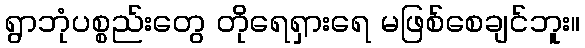
ရွာဘုံပစ္စည်းတွေ တိုရေရှားရေ မဖြစ်စေချင်ဘူး။